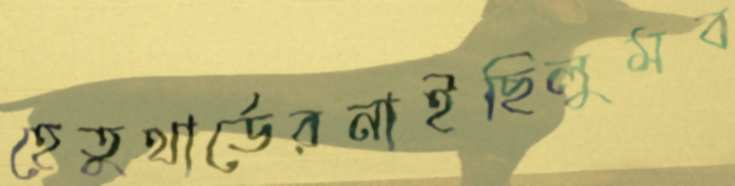
হেতুথার্ডেরনাইছিলুমব